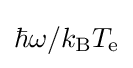
\hbar \omega /k_{\text{B}}T_{\text{e}}